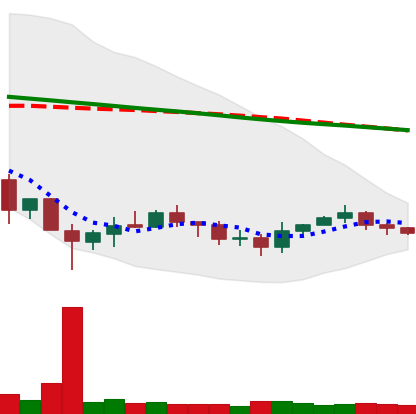
Ticker: XRP-USD
Chart end date: 2019-12-11
Forward return: -6.678%
Label: down_5_7